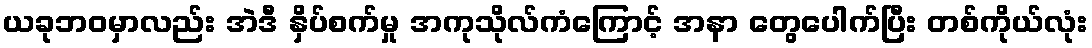
ယခုဘဝမှာလည်း အဲဒီ နှိပ်စက်မှု အကုသိုလ်ကံကြောင့် အနာ တွေပေါက်ပြီး တစ်ကိုယ်လုံး